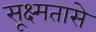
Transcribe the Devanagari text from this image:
सूक्ष्मतासे